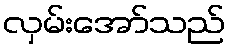
လှမ်းအော်သည်